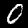
Digit: 0